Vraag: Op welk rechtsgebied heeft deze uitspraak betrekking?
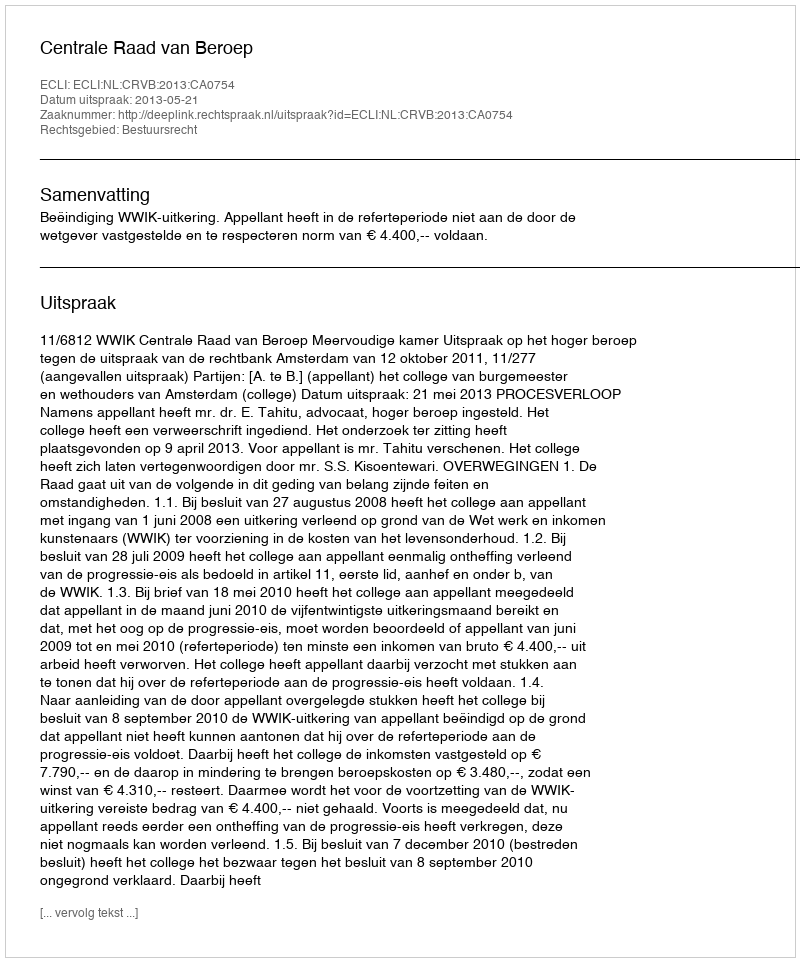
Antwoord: Bestuursrecht